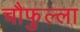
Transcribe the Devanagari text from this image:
चौफुल्ला